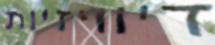
דיוויזיות